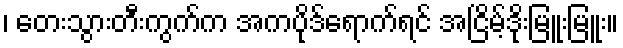
၊ တေးသွားတီးကွက်က အကပိုဒ်ရောက်ရင် အငြိမ့်ဒိုးမြူးမြူး။